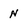
Character: n